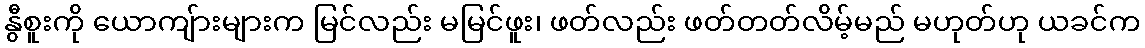
နွီစူးကို ယောကျ်ားများက မြင်လည်း မမြင်ဖူး၊ ဖတ်လည်း ဖတ်တတ်လိမ့်မည် မဟုတ်ဟု ယခင်က